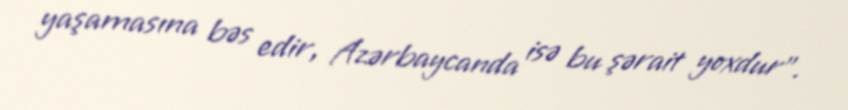
yaşamasına bəs edir, Azərbaycanda isə bu şərait yoxdur”.